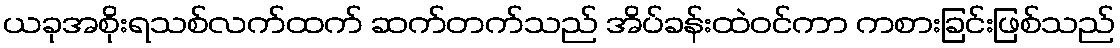
ယခုအစိုးရသစ်လက်ထက် ဆက်တက်သည် အိပ်ခန်းထဲဝင်ကာ ကစားခြင်းဖြစ်သည်